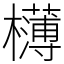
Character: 欂